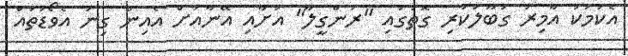
އެކަމަކު އާމިރު ގަބޫލުކުރި ގޮތުގައި "ރަންގީލާ" އަށާއި އޭނާއަށް އެއިން ގިނަ އެވޯޑުތައް